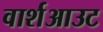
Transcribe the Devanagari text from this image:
वार्शआउट